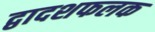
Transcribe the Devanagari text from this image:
द्वादशफलक